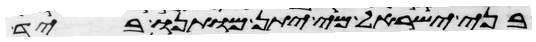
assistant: בני ישראל מי יתן מותנו ביד